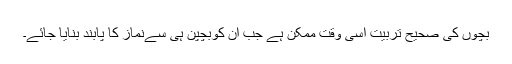
بچوں کی صحیح تربیت اسی وقت ممکن ہے جب ان کوبچپن ہی سےنماز کا پابند بنایا جائے۔